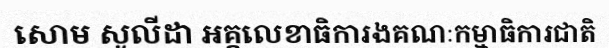
សោម សូលីដា អគ្គលេខាធិការងគណៈកម្មាធិការជាតិ